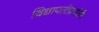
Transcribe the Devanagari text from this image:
विद्यापतीप्रवर्तित